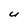
Character: u